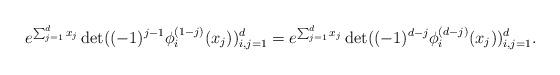
LaTeX: \begin{align*}e^{\sum_{j = 1}^d x_j} \det((-1)^{j-1} \phi^{(1-j)}_i(x_j))_{i, j = 1}^d = e^{\sum_{j = 1}^d x_j} \det((-1)^{d-j}\phi^{(d-j)}_i(x_j))_{i, j = 1}^d.\end{align*}